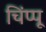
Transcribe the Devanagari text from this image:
चिंप्पू